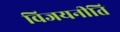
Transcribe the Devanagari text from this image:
विजयनीति